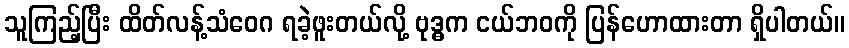
သူကြည့်ပြီး ထိတ်လန့်သံဝေဂ ရခဲ့ဖူးတယ်လို့ ဗုဒ္ဓက ငယ်ဘဝကို ပြန်ဟောထားတာ ရှိပါတယ်။